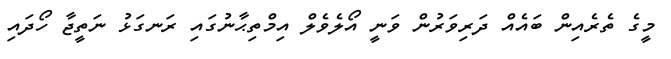
މީގެ ތެރެއިން ބައެއް ދަރިވަރުން ވަނީ އޯލެވެލް އިމްތިޙާނުގައި ރަނގަޅު ނަތީޖާ ހޯދައި